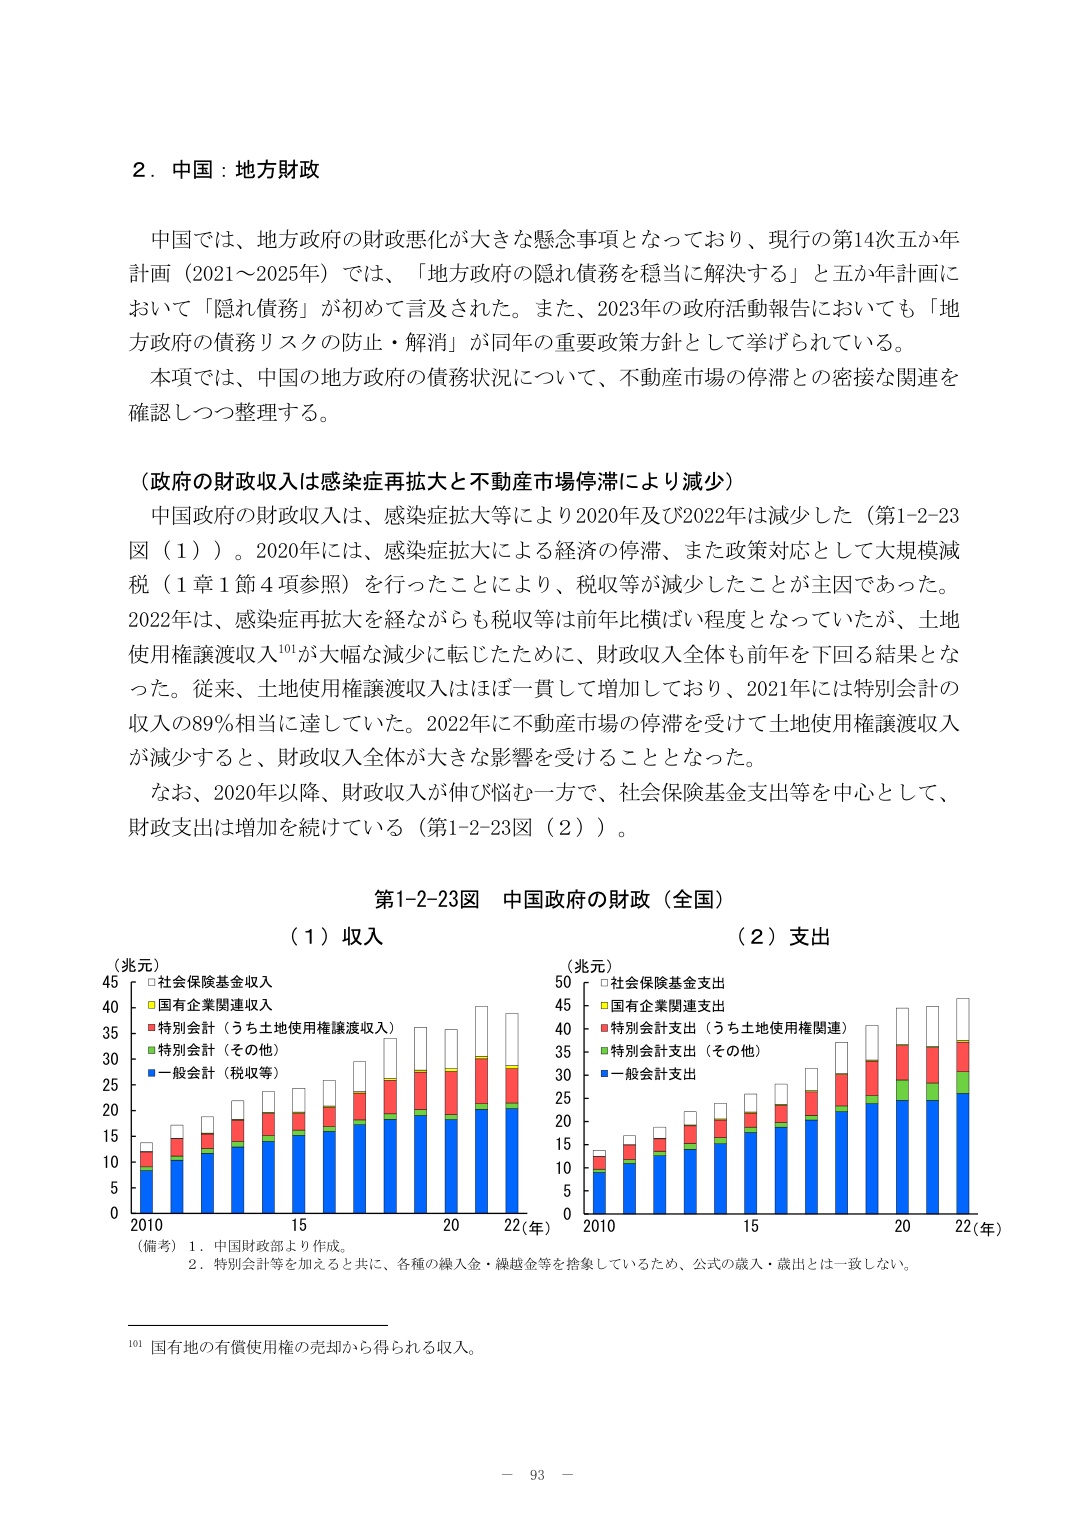
2．中国：地方財政

中国では、地方政府の財政悪化が大きな懸念事項となっており、現行の第14次五か年計画（2021～2025年）では、「地方政府の隠れ債務を適当に解決する」と五か年計画において「隠れ債務」が初めて言及された。また、2023年の政府活動報告においても「地方政府の債務リスクの防止・解消」が同年の重要政策方針として挙げられている。

本項では、中国の地方政府の債務状況について、不動産市場の停滞との密接な関連を確認しつつ整理する。

（政府の財政収入は感染症再拡大と不動産市場停滞により減少）

中国政府の財政収入は、感染症拡大等により2020年及び2022年は減少した（第1-2-23図（1））。2020年には、感染症拡大による経済の停滞、また政策対応として大規模減税（1章1節4項参照）を行ったことにより、税収等が減少したことが主因であった。2022年は、感染症再拡大を経ながらも税収等は前年比横ばい程度となっていたが、土地使用権譲渡収入¹⁰¹が大幅な減少に転じたために、財政収入全体も前年を下回る結果となった。従来、土地使用権譲渡収入はほぼ一貫して増加しており、2021年には特別会計の収入の89％相当に達していた。2022年に不動産市場の停滞を受けて土地使用権譲渡収入が減少すると、財政収入全体が大きな影響を受けることとなった。

なお、2020年以降、財政収入が伸び悩む一方で、社会保障基金支出等を中心として、財政支出は増加を続けている（第1-2-23図（2））。

第1-2-23図　中国政府の財政（全国）

（1）収入　　　　　　　　　　　　　　　　　　（2）支出

（兆元）　　　　　　　　　　　　　　　　　　（兆元）
45 □社会保障基金収入　　　　　　　　　　　　50 □社会保障基金支出
40 ■国有企業関連収入　　　　　　　　　　　　45 ■国有企業関連支出
35 ■特別会計（うち土地使用権譲渡収入）　　40 ■特別会計支出（うち土地使用権関連）
30 ■特別会計（その他）　　　　　　　　　　　35 ■特別会計支出（その他）
25 ■一般会計（税収等）　　　　　　　　　　　30 ■一般会計支出
20　　　　　　　　　　　　　　　　　　　　　25
15　　　　　　　　　　　　　　　　　　　　　20
10　　　　　　　　　　　　　　　　　　　　　15
5　　　　　　　　　　　　　　　　　　　　　　10
0　　　　　　　　　　　　　　　　　　　　　　0
2010　　　15　　　20　　　22(年)　　　　2010　　　15　　　20　　　22(年)

（備考）1．中国財政部より作成。
　　　2．特別会計等を加えると共に、各種の繰入金・繰越金等を捨象しているため、公式の歳入・歳出とは一致しない。

¹⁰¹ 国有地の有償使用権の売却から得られる収入。

－ 93 －